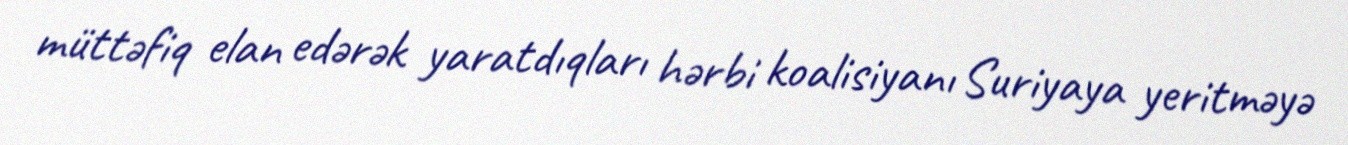
müttəfiq elan edərək yaratdıqları hərbi koalisiyanı Suriyaya yeritməyə